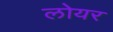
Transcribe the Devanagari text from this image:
लोयर